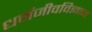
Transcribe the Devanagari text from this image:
धर्मजीवविज्ञान